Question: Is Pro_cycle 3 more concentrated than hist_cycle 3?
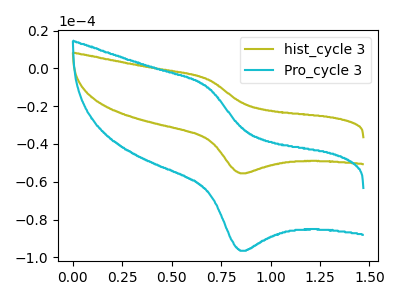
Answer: <think>The olive curve "hist_cycle 3" has an anodic peak at (0.70V, -5.80uA) and a cathodic peak at (0.85V, -55.55uA). The cyan curve "Pro_cycle 3" has an anodic peak at (0.70V, -10.10uA) and a cathodic peak at (0.85V, -96.55uA).
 All the peaks in "Pro_cycle 3" have a peak in "hist_cycle 3" at the same potential.</think>
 <answer>I cant tell if "Pro_cycle 3" or "hist_cycle 3" has higher concentration.</answer>
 <eval>mixed_concentration</eval>